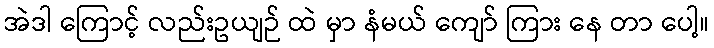
အဲဒါ ကြောင့် လည်းဥယျဉ် ထဲ မှာ နံမယ် ကျော် ကြား နေ တာ ပေါ့။